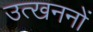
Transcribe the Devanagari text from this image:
उत्‍खननों